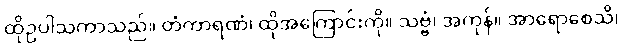
ထိုဥပါသကာသည်။ တံကာရဏံ၊ ထိုအကြောင်းကို။ သဗ္ဗံ၊ အကုန်။ အာရောစေသိ၊